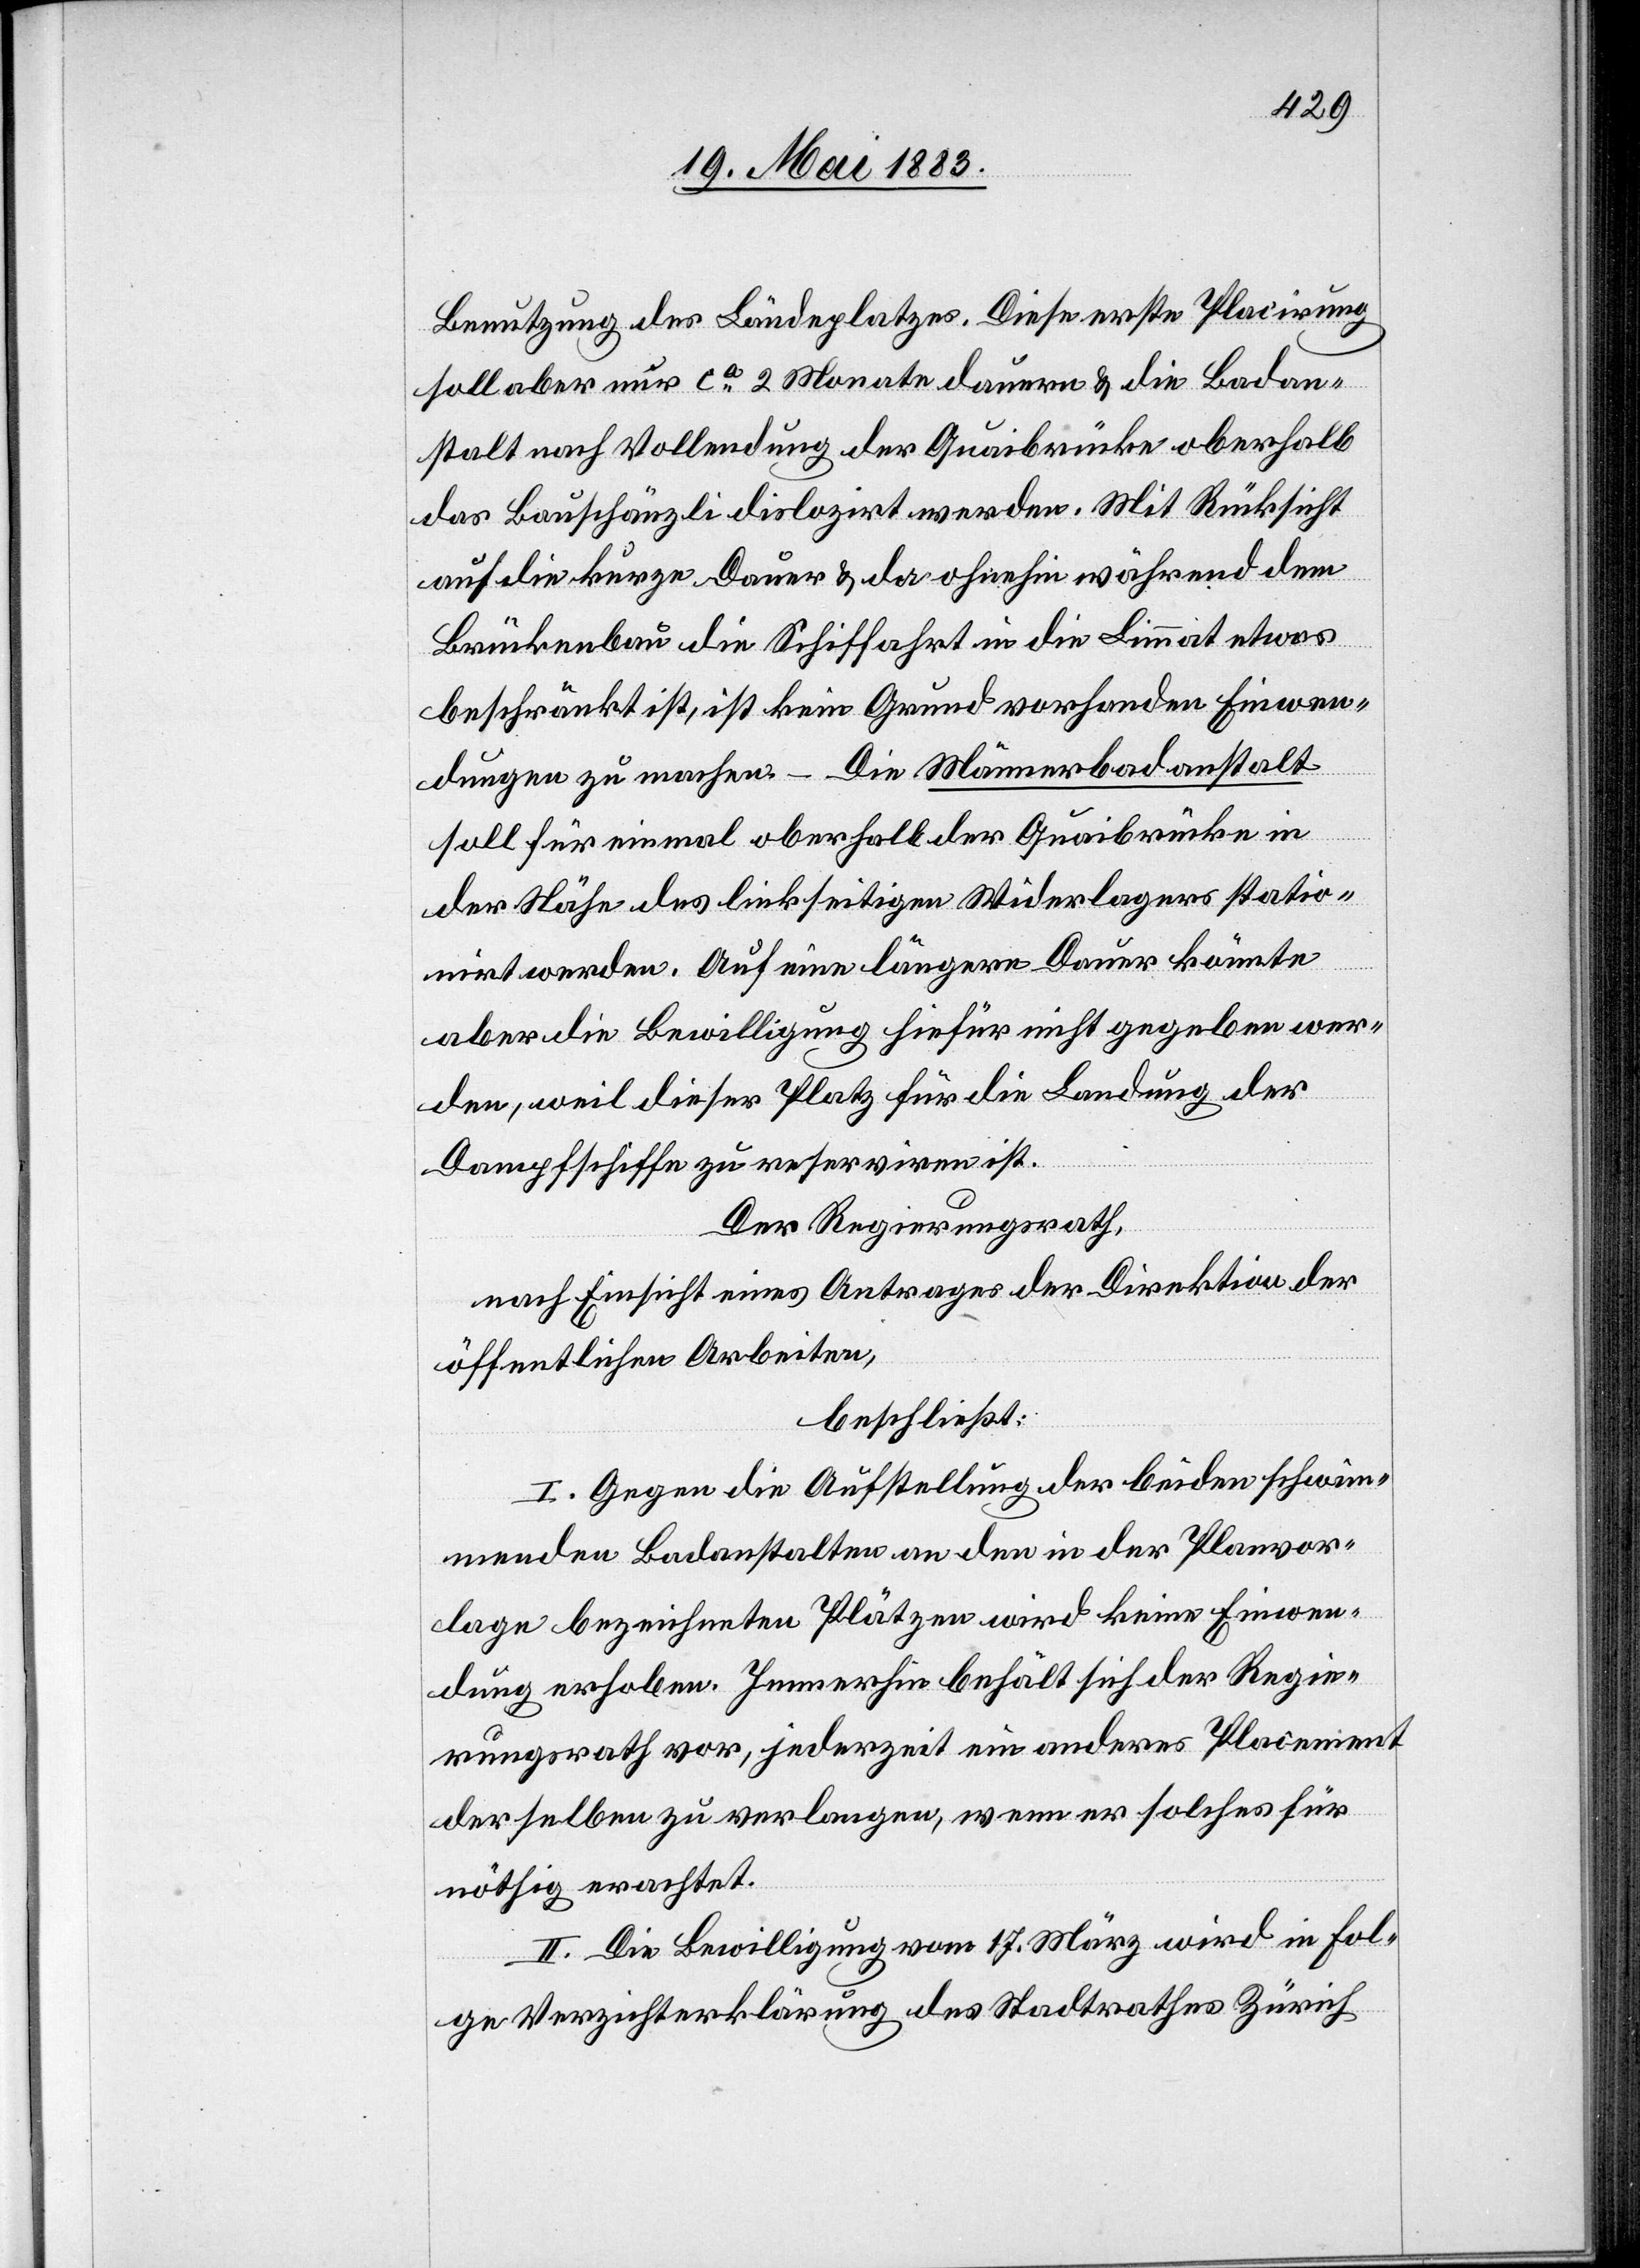
Benutzung des Ländeplatzes. Diese erste Placirung
soll aber nur ca 2 Monate dauern & die Badan¬
stalt nach Vollendung der Quaibrücke oberhalb
das Bauschänzli dislozirt werden. Mit Rücksicht
auf die kurze Dauer & da ohnehin während dem
Brückenbau die Schiffahrt in die Limmat etwas
beschränkt ist, ist kein Grund vorhanden Einwen¬
dungen zu machen – Die Männerbadanstalt
soll für einmal oberhalb der Quaibrücke in
der Nähe des linkseitigen Widerlagers statio¬
nirt werden. Auf eine längere Dauer könnte
aber die Bewilligung hiefür nicht gegeben wer¬
den, weil dieser Platz für die Landung der
Dampfschiffe zu reserviren ist.
Der Regierungsrath,
nach Einsicht eines Antrages der Direktion der
öffentlichen Arbeiten,
beschließt:
I. Gegen die Aufstellung der beiden schwim¬
menden Badanstalten an den in der Planvor¬
lage bezeichneten Plätzen wird keine Einwen¬
dung erhoben. Immerhin behält sich der Regie¬
rungsrath vor, jederzeit ein anderes Placement
derselben zu verlangen, wenn er solches für
nöthig erachtet.
II. Die Bewilligung vom 17. März wird in Fol¬
ge Verzichterklärung des Stadtrathes Zürich